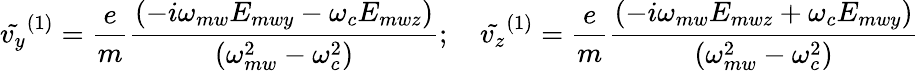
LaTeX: \tilde{v_{y}}^{(1)}=\frac{e}{m}\frac{(-i\omega_{mw}E_{mwy}-\omega_{c}E_{mwz})}{(\omega_{mw}^{2}-\omega_{c}^{2})};\quad\tilde{v_{z}}^{(1)}=\frac{e}{m}\frac{(-i\omega_{mw}E_{mwz}+\omega_{c}E_{mwy})}{(\omega_{mw}^{2}-\omega_{c}^{2})}